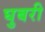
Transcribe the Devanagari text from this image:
घुबरी